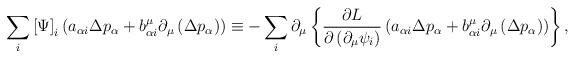
LaTeX: \begin{align*}\sum_{i}\left[ \Psi \right] _{i}\left( a_{\alpha i}\Delta p_{\alpha}+b_{\alpha i}^{\mu }\partial _{\mu }\left( \Delta p_{\alpha }\right)\right) \equiv -\sum_{i}\partial _{\mu }\left\{ \frac{\partial L}{\partial\left( \partial _{\mu }\psi _{i}\right) }\left( a_{\alpha i}\Delta p_{\alpha}+b_{\alpha i}^{\mu }\partial _{\mu }\left( \Delta p_{\alpha }\right)\right) \right\} ,\end{align*}